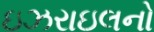
ઇઝરાઇલનો